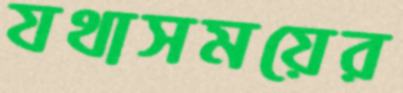
যথাসময়ের